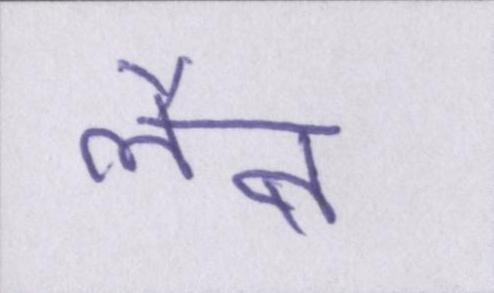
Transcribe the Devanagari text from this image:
लैब